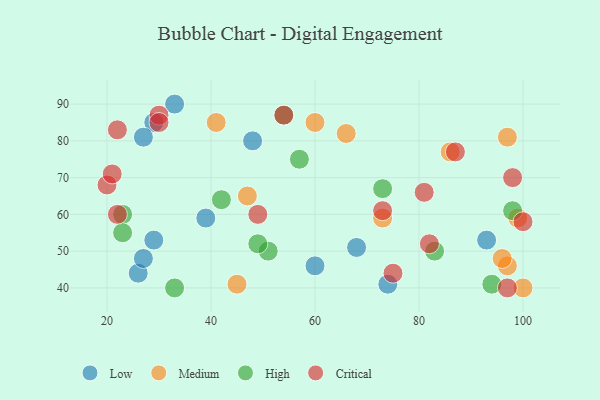
{"axis": {"x": "GDP", "y": "Life Expectancy"}, "legend": ["Critical", "High", "Low", "Medium"], "data": [{"x": "48", "y": 80, "type": "Low"}, {"x": "93", "y": 53, "type": "Low"}, {"x": "29", "y": 85, "type": "Low"}, {"x": "29", "y": 53, "type": "Low"}, {"x": "33", "y": 90, "type": "Low"}, {"x": "27", "y": 81, "type": "Low"}, {"x": "60", "y": 46, "type": "Low"}, {"x": "74", "y": 41, "type": "Low"}, {"x": "39", "y": 59, "type": "Low"}, {"x": "26", "y": 44, "type": "Low"}, {"x": "27", "y": 48, "type": "Low"}, {"x": "68", "y": 51, "type": "Low"}, {"x": "97", "y": 46, "type": "Medium"}, {"x": "73", "y": 59, "type": "Medium"}, {"x": "99", "y": 59, "type": "Medium"}, {"x": "97", "y": 81, "type": "Medium"}, {"x": "96", "y": 48, "type": "Medium"}, {"x": "41", "y": 85, "type": "Medium"}, {"x": "100", "y": 40, "type": "Medium"}, {"x": "45", "y": 41, "type": "Medium"}, {"x": "47", "y": 65, "type": "Medium"}, {"x": "86", "y": 77, "type": "Medium"}, {"x": "60", "y": 85, "type": "Medium"}, {"x": "66", "y": 82, "type": "Medium"}, {"x": "51", "y": 50, "type": "High"}, {"x": "33", "y": 40, "type": "High"}, {"x": "23", "y": 60, "type": "High"}, {"x": "98", "y": 61, "type": "High"}, {"x": "94", "y": 41, "type": "High"}, {"x": "42", "y": 64, "type": "High"}, {"x": "57", "y": 75, "type": "High"}, {"x": "73", "y": 67, "type": "High"}, {"x": "49", "y": 52, "type": "High"}, {"x": "54", "y": 87, "type": "High"}, {"x": "23", "y": 55, "type": "High"}, {"x": "83", "y": 50, "type": "High"}, {"x": "73", "y": 61, "type": "Critical"}, {"x": "82", "y": 52, "type": "Critical"}, {"x": "98", "y": 70, "type": "Critical"}, {"x": "30", "y": 87, "type": "Critical"}, {"x": "22", "y": 60, "type": "Critical"}, {"x": "81", "y": 66, "type": "Critical"}, {"x": "22", "y": 83, "type": "Critical"}, {"x": "87", "y": 77, "type": "Critical"}, {"x": "75", "y": 44, "type": "Critical"}, {"x": "20", "y": 68, "type": "Critical"}, {"x": "54", "y": 87, "type": "Critical"}, {"x": "100", "y": 58, "type": "Critical"}, {"x": "21", "y": 71, "type": "Critical"}, {"x": "97", "y": 40, "type": "Critical"}, {"x": "30", "y": 85, "type": "Critical"}, {"x": "49", "y": 60, "type": "Critical"}]}